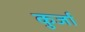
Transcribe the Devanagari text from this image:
कुर्जा